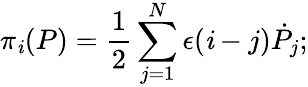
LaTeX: \pi_{\mathit{i}}(P)={\frac{{1}}{{2}}}\sum_{j=1}^{N}\epsilon(\mathit{i}-j){\dot{{P}}}_{j};